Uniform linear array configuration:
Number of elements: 12
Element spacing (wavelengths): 0.5
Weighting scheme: blackman
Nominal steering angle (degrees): -15
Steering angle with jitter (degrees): -15.491
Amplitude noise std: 0.05
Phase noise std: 0.05

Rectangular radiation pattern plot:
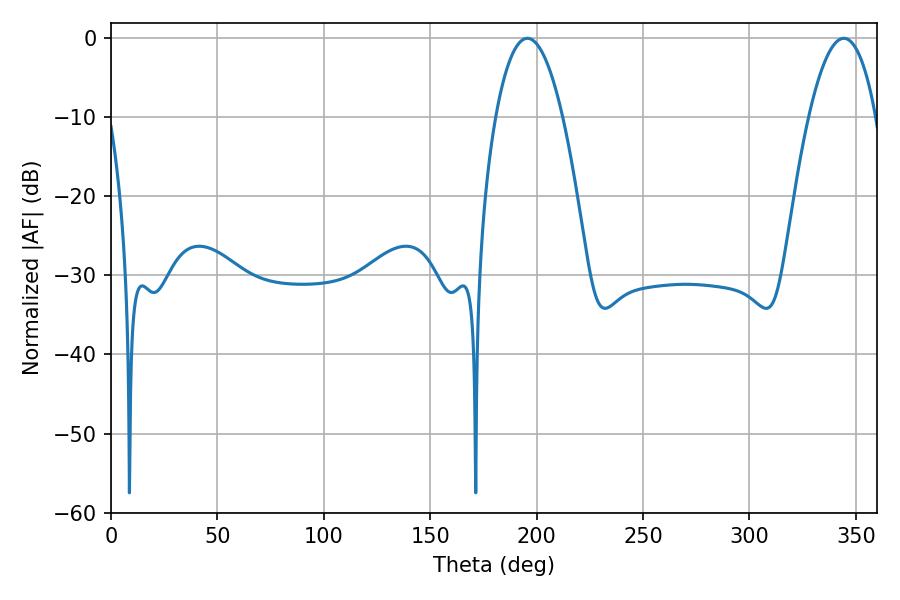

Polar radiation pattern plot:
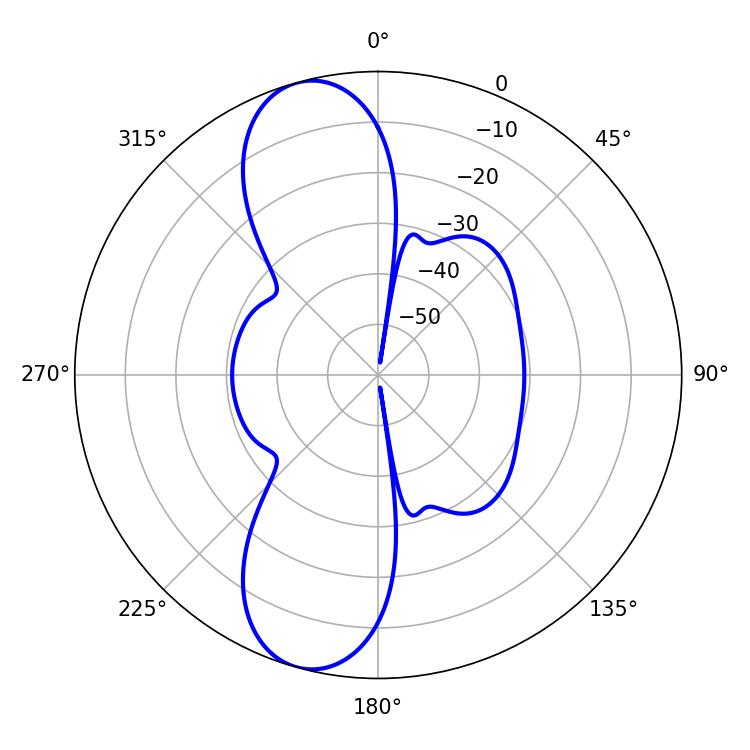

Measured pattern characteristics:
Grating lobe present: FALSE
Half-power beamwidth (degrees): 17.46
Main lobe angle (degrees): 195.66